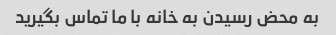
به محض رسیدن به خانه با ما تماس بگیرید